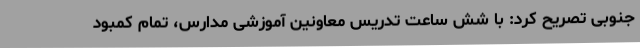
جنوبی تصریح کرد: با شش ساعت تدریس معاونین آموزشی مدارس، تمام کمبود